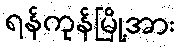
ရန်ကုန်မြို့အား